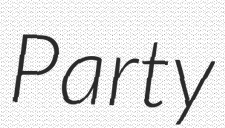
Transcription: Party